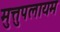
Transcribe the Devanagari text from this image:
मुत्तुपलायम